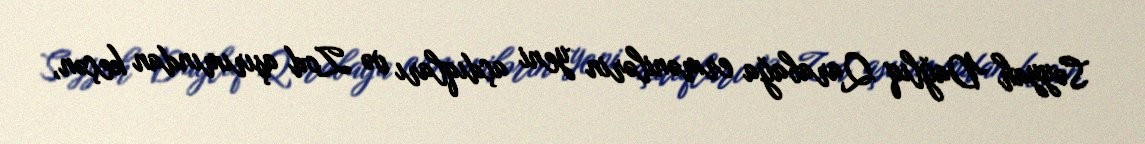
Səyyah Dağlıq Qarabağa ermənilərin yeni açdıqları və Zod aşırımından keçən,